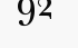
92